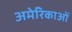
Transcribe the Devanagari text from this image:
अमेरिकाओं